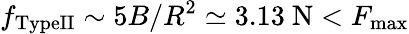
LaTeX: f_{\mathrm{TypeII}}\sim 5B/R^{2}\simeq 3.13~\mathrm{N}<F_{\mathrm{max}}